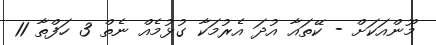
މޫންއަކަށް - ކޭތައާ އުދަ އެރުމަކާ ގުޅުމެއް ނެތް 3 ހަފްތާ 11